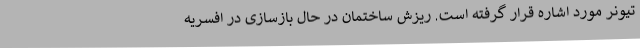
تیونر مورد اشاره قرار گرفته است. ریزش ساختمان در حال بازسازی در افسریه